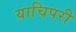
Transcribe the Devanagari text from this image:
याचिपरी